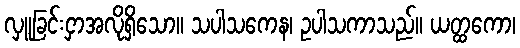
လှူခြင်းငှာအလိုရှိသော။ သပါသကေန၊ ဥပါသကာသည်။ ယတ္ထကော၊